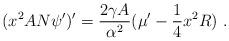
LaTeX: \begin{align*}(x^2 AN \psi')' = \frac{2\gamma A}{\alpha^2} ({\mu'} -{1\over 4} x^2R)\ .\end{align*}